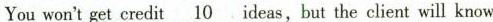
You won't get credit \underline{10} ideas, but the client will know